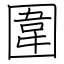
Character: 圍